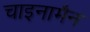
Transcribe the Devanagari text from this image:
चाइनामैन